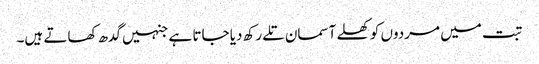
تبت میں مردوں کو کھلے آسمان تلے رکھ دیا جاتا ہے جنہیں گدھ کھاتے ہیں۔